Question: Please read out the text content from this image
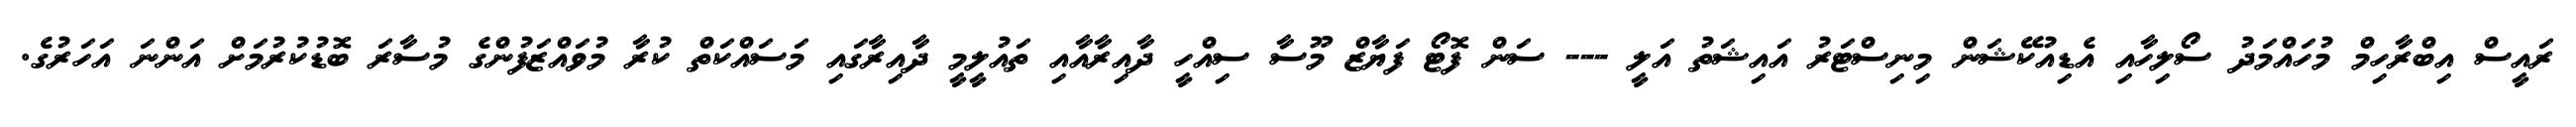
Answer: ރައީސް އިބްރާހިމް މުހައްމަދު ސޯލިހާއި އެޑިއުކޭޝަން މިނިސްޓަރު އައިޝަތު އަލީ --- ސަން ފޮޓޯ ފަޔާޒް މޫސާ ސިއްހީ ދާއިރާއާއި ތައުލީމީ ދާއިރާގައި މަސައްކަތް ކުރާ މުވައްޒަފުންގެ މުސާރަ ބޮޑުކުރުމަށް އަންނަ އަހަރުގެ.